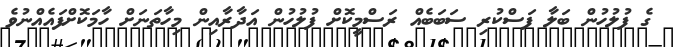
ގެ ފުލުހުން ބަލާ ފަސްކުރި ސަބަބެއް ރަސްމީކޮށް ފުލުހުން އަދާރާއިން މިހާތަނަށް ހާމަކޮށްފައެއްނުވެ